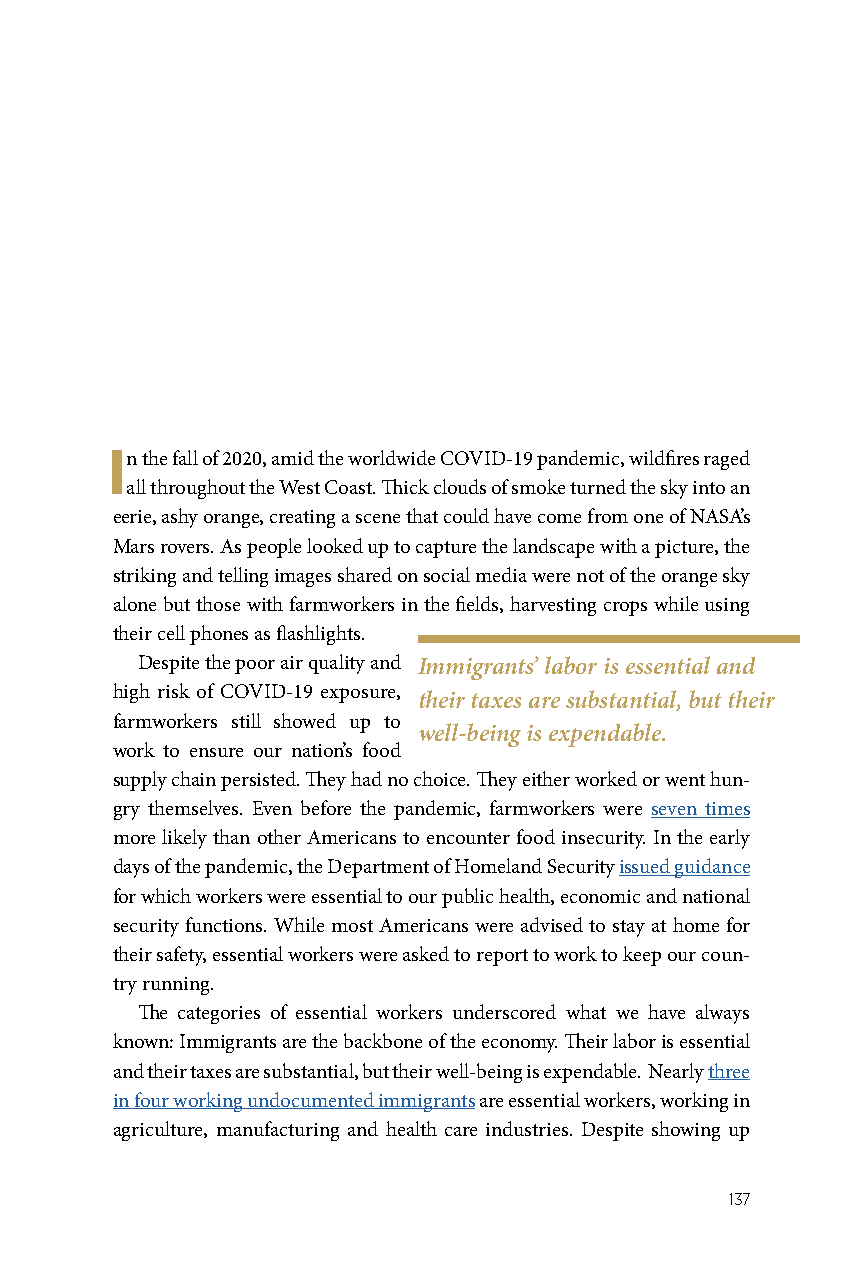
In the fall of 2020, amid the worldwide COVID-19 pandemic, wildfires raged
 all throughout the West Coast. Thick clouds of smoke turned the sky into an
 eerie, ashy orange, creating a scene that could have come from one of NASA’s
 Mars rovers. As people looked up to capture the landscape with a picture, the
 striking and telling images shared on social media were not of the orange sky
 alone but those with farmworkers in the fields, harvesting crops while using
 their cell phones as flashlights.
 Despite the poor air quality and Immigrants’ labor is essential and
 high risk of COVID-19 exposure,
 their taxes are substantial, but their
 farmworkers still showed up to
 well-being is expendable.
 work to ensure our nation’s food
 supply chain persisted. They had no choice. They either worked or went hun-
 gry themselves. Even before the pandemic, farmworkers were seven times
 more likely than other Americans to encounter food insecurity. In the early
 days of the pandemic, the Department of Homeland Security issued guidance
 for which workers were essential to our public health, economic and national
 security functions. While most Americans were advised to stay at home for
 their safety, essential workers were asked to report to work to keep our coun-
 try running.
 The categories of essential workers underscored what we have always
 known: Immigrants are the backbone of the economy. Their labor is essential
 and their taxes are substantial, but their well-being is expendable. Nearly three
 in four working undocumented immigrants are essential workers, working in
 agriculture, manufacturing and health care industries. Despite showing up
 137